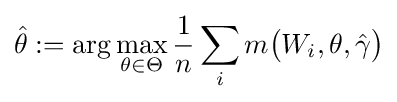
{\hat {\theta }}:=\arg \max _{\theta \in \Theta }{\frac {1}{n}}\sum _{i}m{\bigl (}W_{i},\theta ,{\hat {\gamma }}{\bigr )}